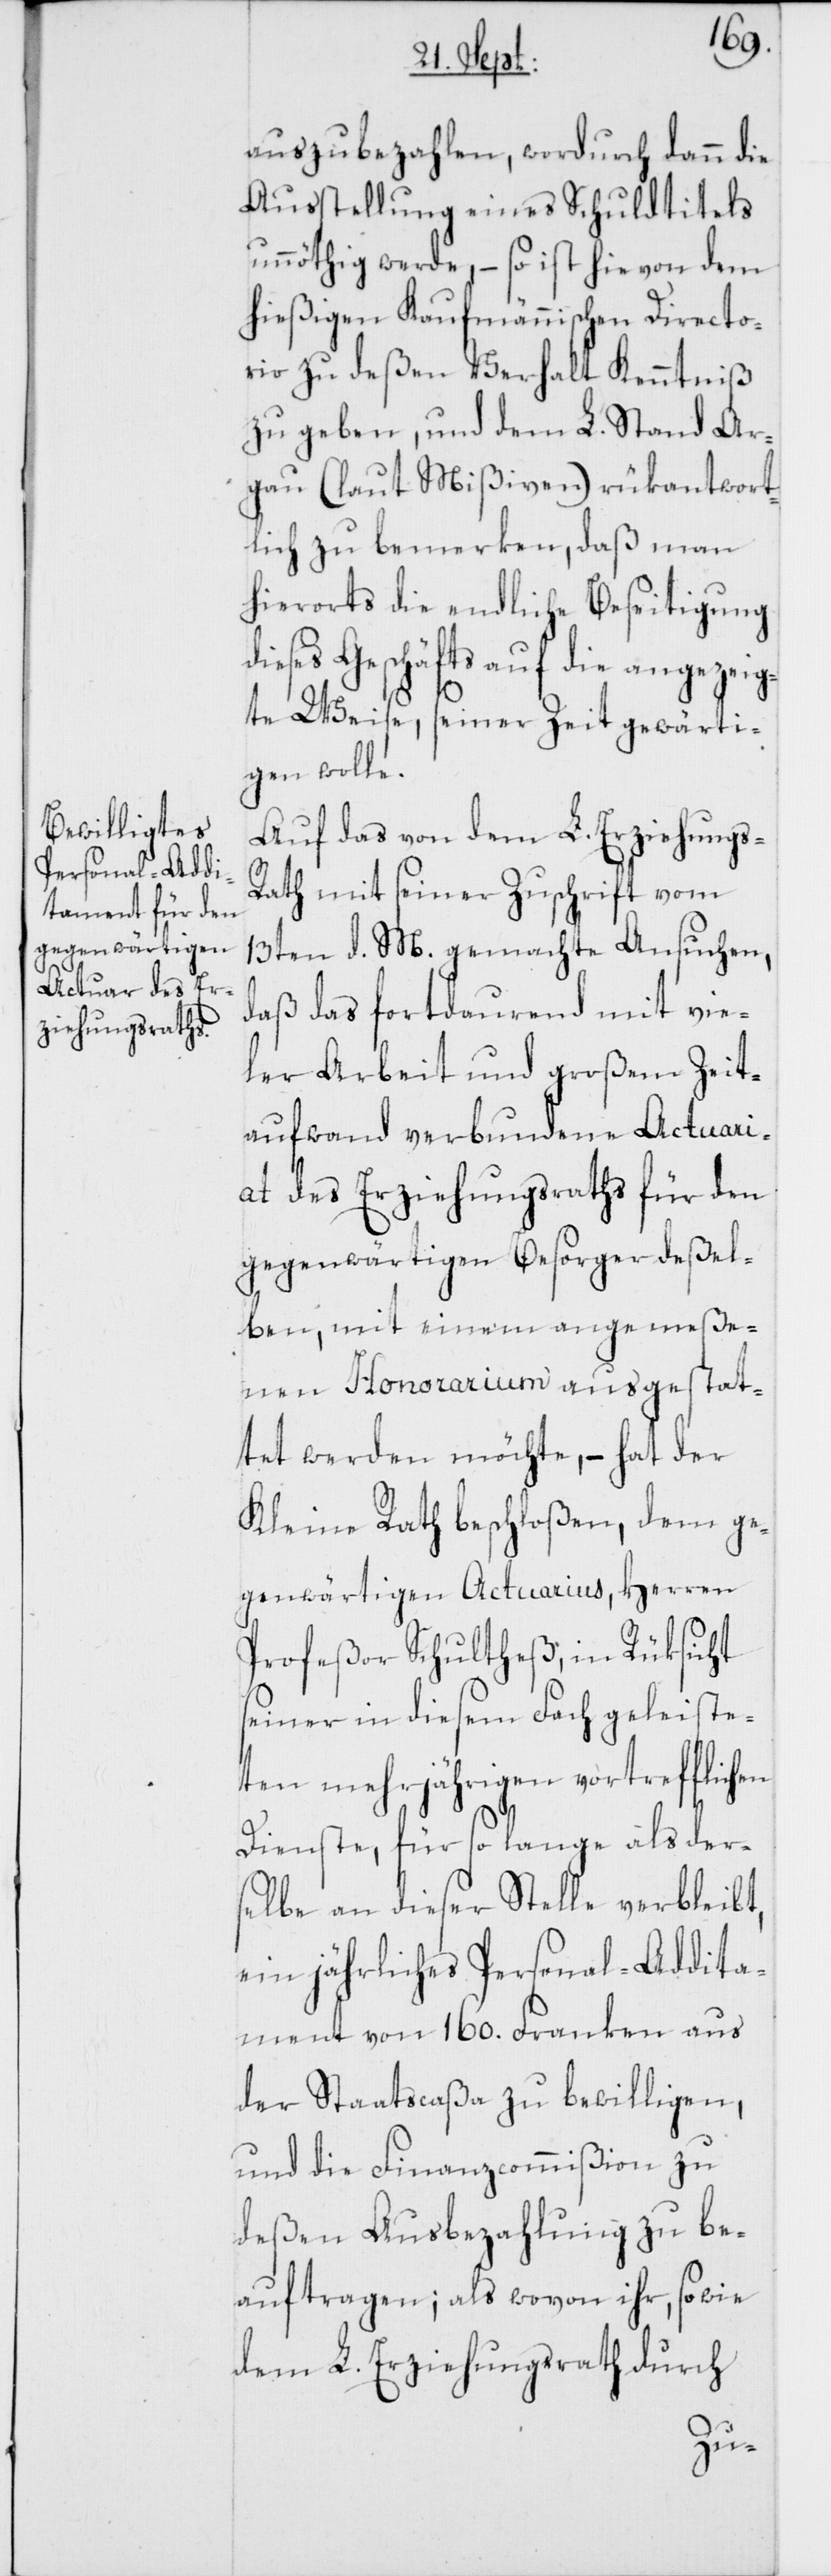
auszubezahlen, wordurch dann die
Ausstellung eines Schuldtitels
unnöthig werde, – so ist hievon dem
hießigen Kaufmännischen Directo¬
rio zu deßen Verhalt Kenntniß
zu geben, und dem L. Stand Ar¬
gau (laut Mißiven) rükantwort¬
lich zu bemerken, daß man
hierorts die endliche Beseitigung
dieses Geschäfts auf die angezeig¬
te Weise, seiner Zeit gewärti¬
gen wolle.
Auf das von dem L. Erziehungs-R¬
ath mit seiner Zuschrift vom
13ten d. M. gemachte Ansuchen,
daß das fortdauernd mit vie¬
ler Arbeit und großem Zeit¬
aufwand verbundene Actuari¬
at des Erziehungsraths für den
gegenwärtigen Besorger deßel¬
ben, mit einem angemeße¬
nen Honorarium ausgestat¬
tet werden möchte, – hat der
Kleine Rath beschloßen, dem ge¬
genwärtigen Actuarius, Herren
Profeßor Schultheß, in Rüksicht
seiner in diesem Fach geleiste¬
ten mehrjährigen vortrefflichen
Dienste, für so lange als der¬
selbe an dieser Stelle verbleibt,
ein jährliches Personal-Addita¬
ment von 160. Franken aus
der Staatscaßa zu bewilligen,
und die Finanzcommißion zu
deßen Ausbezahlung zu be¬
auftragen; als wovon ihr, so wie
dem L. Erziehungsrath durch